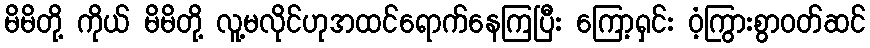
မိမိတို့ ကိုယ် မိမိတို့ လူ့မလိုင်ဟုအထင်ရောက်နေကြပြီး ကြော့ရှင်း ဝံ့ကြွားစွာဝတ်ဆင်